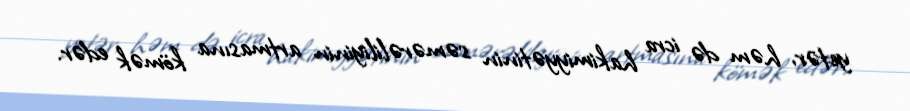
yetər, həm də icra hakimiyyətinin səmərəliliyinin artmasına kömək edər.